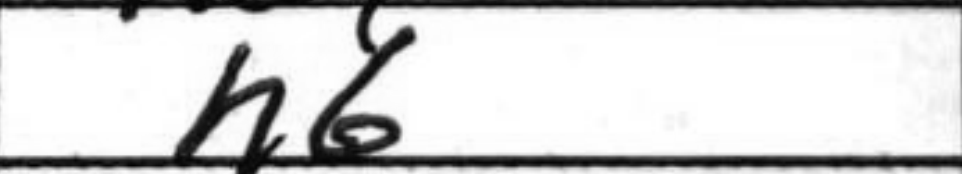
Transcription: h6